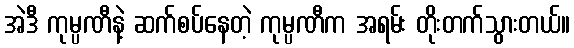
အဲဒီ ကုမ္ပဏီနဲ့ ဆက်စပ်နေတဲ့ ကုမ္ပဏီက အရမ်း တိုးတက်သွားတယ်။